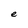
Character: e